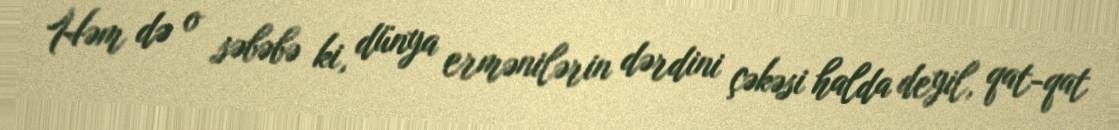
Həm də o səbəbə ki, dünya ermənilərin dərdini çəkəsi halda deyil, qat-qat